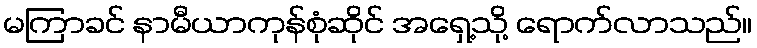
မကြာခင် နာမီယာကုန်စုံဆိုင် အရှေ့သို့ ရောက်လာသည်။